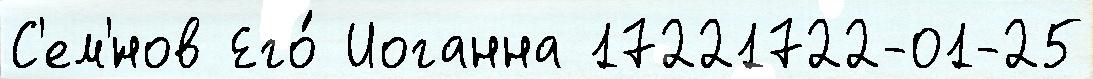
С'ем'́нов Его́ Иоганна 17221722-01-25